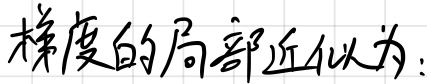
梯度的局部近似为：